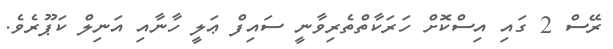
ރޭސް 2 ގައި އިސްކޮށް ހަރަކާތްތެރިވާނީ ސައިފް ޢަލީ ހާނާއި އަނިލް ކަޕޫރެވެ.